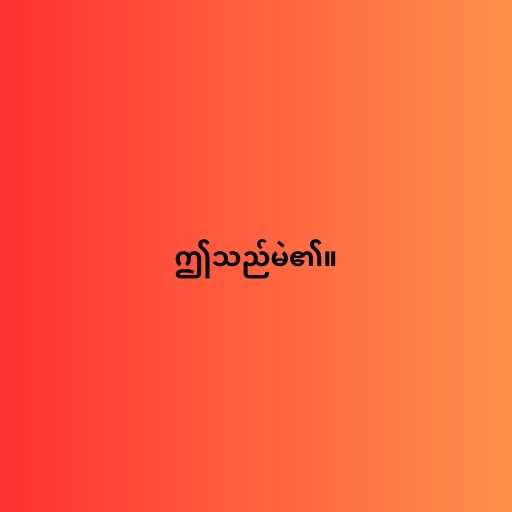
ဤသည်မဲ၏။